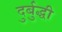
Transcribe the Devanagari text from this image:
दुर्बुद्धी